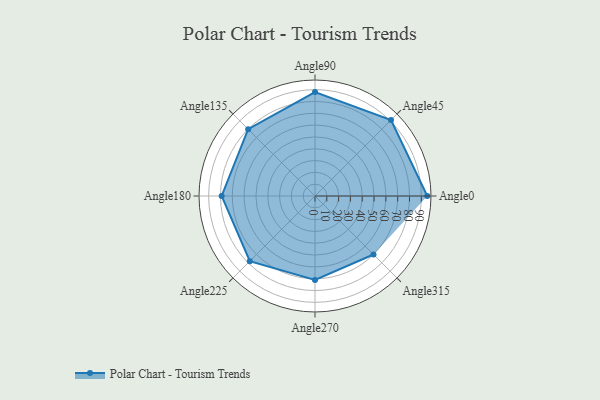
{"axis": {"x": "Angle", "y": "Radius"}, "legend": [""], "data": [{"x": "Angle0", "y": 95.0, "type": ""}, {"x": "Angle45", "y": 91.0, "type": ""}, {"x": "Angle90", "y": 88.0, "type": ""}, {"x": "Angle135", "y": 80.0, "type": ""}, {"x": "Angle180", "y": 79.0, "type": ""}, {"x": "Angle225", "y": 78.0, "type": ""}, {"x": "Angle270", "y": 71.0, "type": ""}, {"x": "Angle315", "y": 70.0, "type": ""}]}